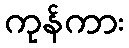
ကုန်ကား